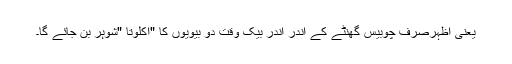
یعنی اظہرصرف چوبیس گھنٹے کے اندر اندر بیک وقت دو بیویوں کا "اکلوتا "شوہر بن جائے گا۔